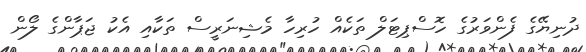
ދުނިޔޭގެ ފެންވަރުގެ ހޮސްޕިޓަލް ތަކެއް ހުރިހާ މެޝިނަރީސް ތަކާއި އެކު ޖަޕާންގެ ލޯން